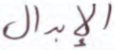
الإبدال